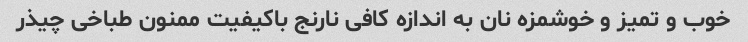
خوب و تمیز و خوشمزه نان به اندازه کافی نارنج باکیفیت ممنون طباخی چیذر